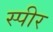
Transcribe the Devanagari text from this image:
स्पीर